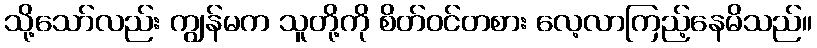
သို့သော်လည်း ကျွန်မက သူတို့ကို စိတ်ဝင်တစား လေ့လာကြည့်နေမိသည်။